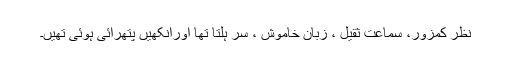
نظر کمزور، سماعت ثقیل ، زبان خاموش ، سر ہلتا تھا اورآنکھیں پتھرائی ہوئی تھیں۔